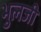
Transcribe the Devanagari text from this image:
भुलजी